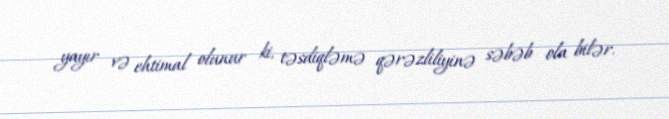
yayır və ehtimal olunur ki, təsdiqləmə qərəzliliyinə səbəb ola bilər.